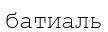
батиаль